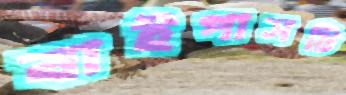
বাইপাসটি